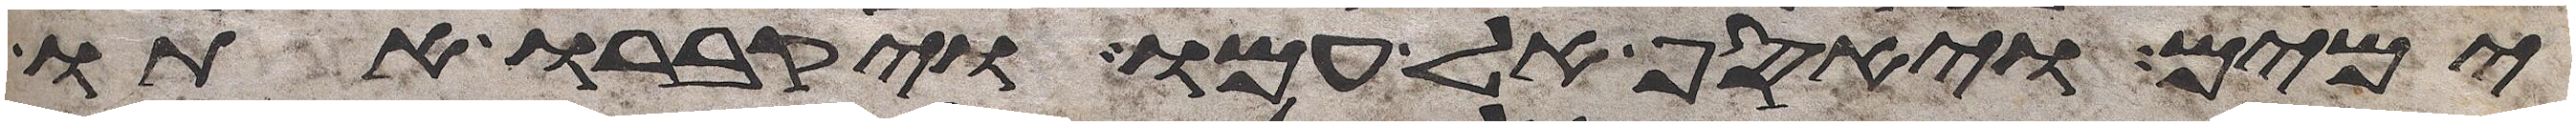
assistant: ימים ויאסף אל עמו ויקברו אתו